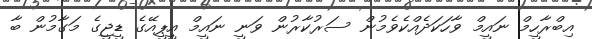
އިބްރާހީމް ނައީމް ވާހަކަދެއްކެވެމުން ސަރުކާރުން ވަނީ ނައީމް އީޕީއޭގެ ޑީޖީގެ މަގާމުން ބާ